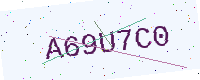
Text: A69U7C0